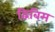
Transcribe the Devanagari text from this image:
द्विबिम